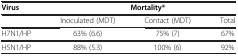
<table><thead><tr><td><b>Virus</b></td><td colspan="3"><b>Mortality*</b></td></tr></thead><tbody><tr><td> </td><td>Inoculated (MDT)</td><td>Contact (MDT)</td><td>Total</td></tr><tr><td>H7N1/HP</td><td>63% (6.6)</td><td>75% (7)</td><td>67%</td></tr><tr><td>H5N1/HP</td><td>88% (5.3)</td><td>100% (6)</td><td>92%</td></tr></tbody></table>